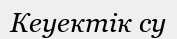
Кеуектік су